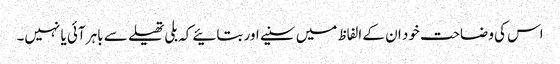
اس کی وضاحت خود ان کے الفاظ میں سنیے اور بتائیے کہ بلی تھیلے سے باہر آئی یا نہیں۔